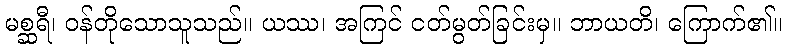
မစ္ဆရီ၊ ဝန်တိုသောသူသည်။ ယဿ၊ အကြင် ငတ်မွတ်ခြင်းမှ။ ဘာယတိ၊ ကြောက်၏။